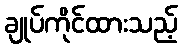
ချုပ်ကိုင်ထားသည့်